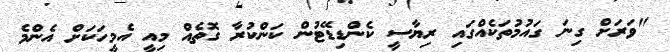
"ވަރަށް ގިނަ ގައުމުތަކެއްގައި ރިޔާސީ ކެންޑިޑޭޓުން ކަންކުރާ ގޮތެއް މިއީ އެމީހަކަށް އެންމެ